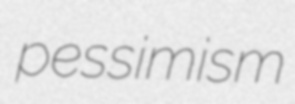
pessimism